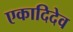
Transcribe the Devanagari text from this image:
एकादिदेव